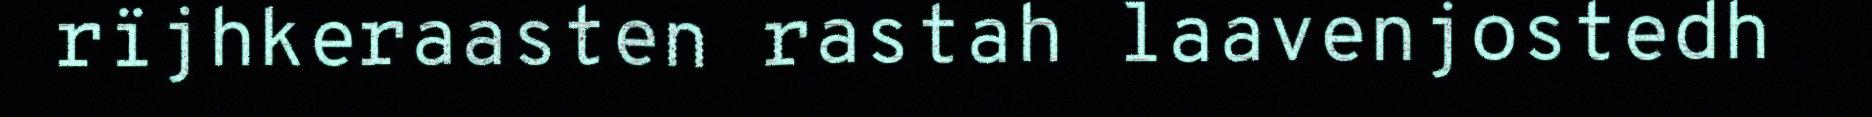
rïjhkeraasten rastah laavenjostedh